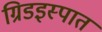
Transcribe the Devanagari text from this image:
ग्रिडइस्पात